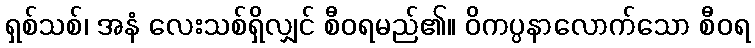
ရှစ်သစ်၊ အနံ လေးသစ်ရှိလျှင် စီဝရမည်၏။ ဝိကပ္ပနာလောက်သော စီဝရ